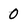
Character: 0